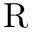
\mathrm { R }